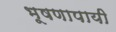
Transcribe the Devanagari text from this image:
भूषणापायी